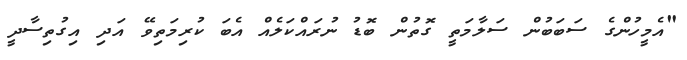
"އެމީހުންގެ ސަބަބުން ސަލާމަތީ ގޮތުން ބޮޑު ނުރައްކަލެއް އެބަ ކުރިމަތިވޭ އަދި އިގުތިސާދީ